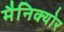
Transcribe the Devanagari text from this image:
मैनिक्योर